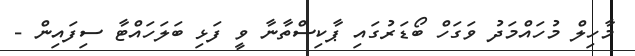
މާހިލް މުހައްމަދު ވަގަހް ބޯޑަރުގައި ޕާކިސްތާނާ ވީ ފަޅި ބަލަހައްޓާ ސިފައިން -